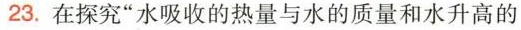
23.在探究”水吸收的热量与水的质量和水升高的